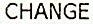
CHANGE